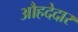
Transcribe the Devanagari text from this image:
औहदेदार